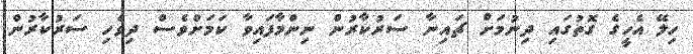
ހިލޭ އެހީގެ ގޮތުގައި ދިނުމަށް ޗައިނާ ސަރުކާރުން ނިންމާފައިވާ ކަމަށްވެސް ދިވެހި ސަރުކާރުން